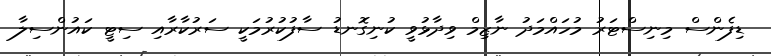
ޑިފެންސް މިނިސްޓަރު މުހައްމަދު ނާޒިމް ވިދާޅުވީ ކުނިގޮނޑު ސާފުކުރުމަކީ ސަރުކާރާއި ސިޓީ ކައުންސިލާ